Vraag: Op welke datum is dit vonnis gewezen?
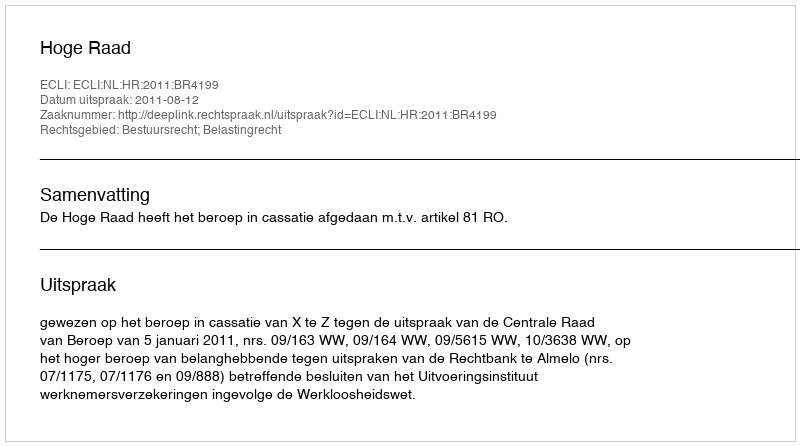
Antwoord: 2011-08-12